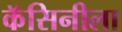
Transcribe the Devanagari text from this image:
कॅसिनीला